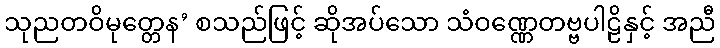
သုညတဝိမုတ္တေန’ စသည်ဖြင့် ဆိုအပ်သော သံဝဏ္ဏေတဗ္ဗပါဠိနှင့် အညီ